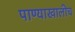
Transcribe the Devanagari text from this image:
पाण्याखालीच